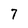
Character: 7